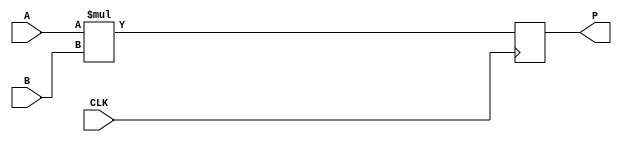
`timescale 1ns / 1ps
//////////////////////////////////////////////////////////////////////////////////
// Company: 
// Engineer: 
// 
// Design Name: 
// Module Name: mult_image_w
// Project Name: 
// Target Devices: 
// Tool Versions: 
// Description: 
// 
// Dependencies: 
// 
// Revision:
// Revision 0.01 - File Created
// Additional Comments:
// 
//////////////////////////////////////////////////////////////////////////////////


module mult_image_ip #(
    parameter WIDT_A = 9,
    parameter WIDT_B = 6
) (
    input CLK,
    input [WIDT_A-1:0] A,
    input [WIDT_B-1:0] B,

    output reg [WIDT_B+WIDT_A-1:0] P
);

  always @(posedge CLK) begin
    P <= A * B;
  end


endmodule